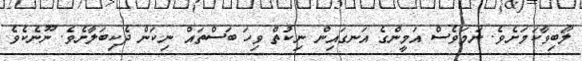
ލޯބިވާކަމަށެވެ. ނަމަވެސް އަމީންގެ އަނގައިން ނިކުތް ވިހަ ބަސްތައް ނިކަން ދެކިބަލާށެވެ. ނޫނެކެވެ.